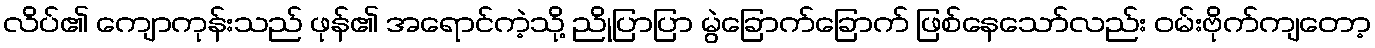
လိပ်၏ ကျောကုန်းသည် ဖုန်၏ အရောင်ကဲ့သို့ ညိုပြာပြာ မွဲခြောက်ခြောက် ဖြစ်နေသော်လည်း ဝမ်းဗိုက်ကျတော့